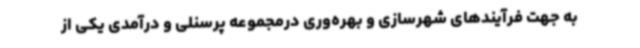
به جهت فرآیندهای شهرسازی و بهره‌وری درمجموعه پرسنلی و درآمدی یکی از